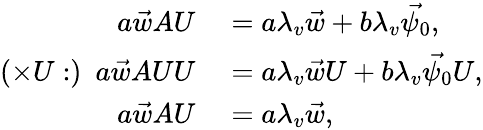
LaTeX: \begin{array}{rl}{a\vec{w}AU}&{{}=a\lambda_{v}\vec{w}+b\lambda_{v}\vec{\psi_{0}},}\\ {(\times U:)\ \ a\vec{w}AUU}&{{}=a\lambda_{v}\vec{w}U+b\lambda_{v}\vec{\psi_{0}}U,}\\ {a\vec{w}AU}&{{}=a\lambda_{v}\vec{w},}\end{array}